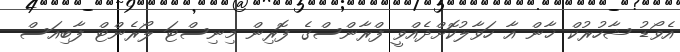
އެވޯޑު ޝާހުރުކް ޚާން އާ ހަވާލުކޮށްދެއްވީ ފްރާންސްގެ ފޮރިން މިނިސްޓަ ލޯރެންޓް ފާބިއަސް